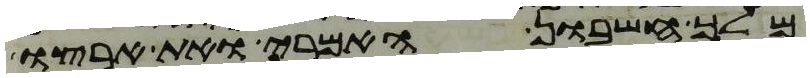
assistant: מלך חשבון האמרי ואת ארצו